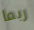
ربما